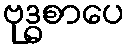
ဗုဒ္ဓစာပေ